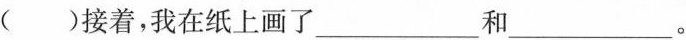
（ ）接着，我在纸上画了___和___ 。